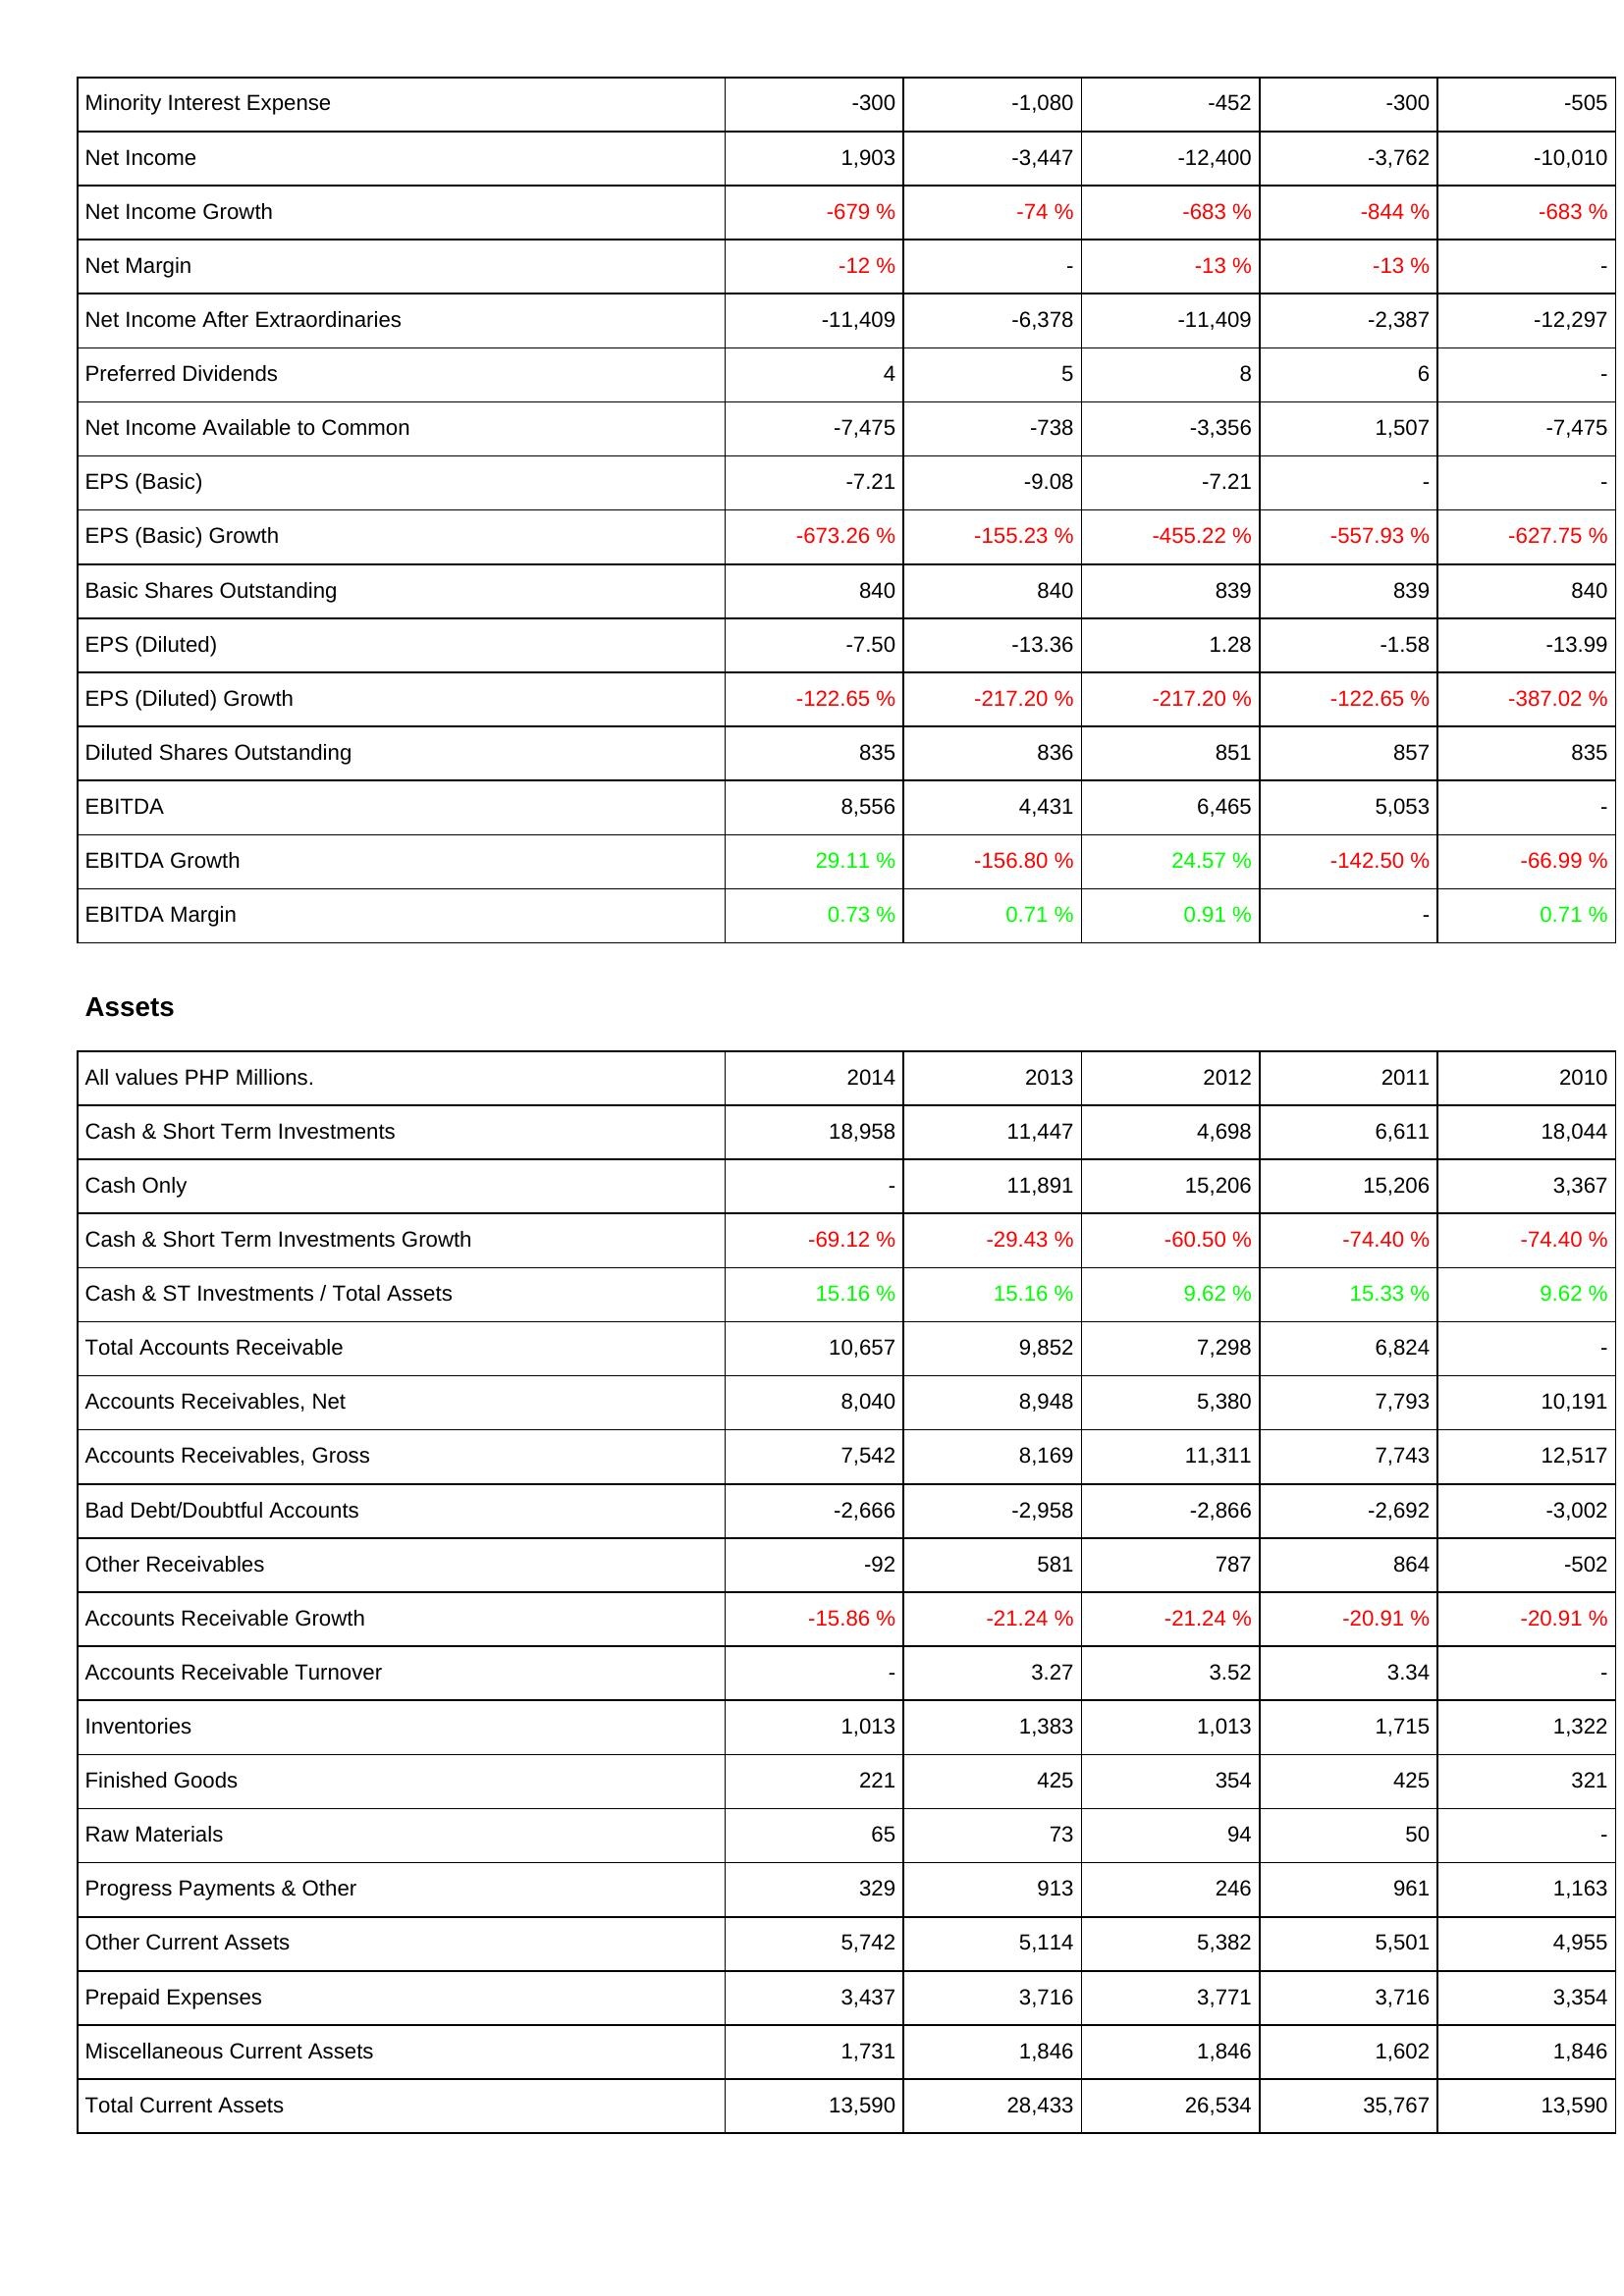
2014: Income Statement: Minority Interest Expense: -300
Net Income: 1,903
Net Income Growth: -679 %
Net Margin: -12 %
Net Income After Extraordinaries: -11,409
Preferred Dividends: 4
Net Income Available to Common: -7,475
EPS (Basic): -7.21
EPS (Basic) Growth: -673.26 %
Basic Shares Outstanding: 840
EPS (Diluted): -7.50
EPS (Diluted) Growth: -122.65 %
Diluted Shares Outstanding: 835
EBITDA: 8,556
EBITDA Growth: 29.11 %
EBITDA Margin: 0.73 %
Assets: Cash & Short Term Investments: 18,958
Cash Only: -
Cash & Short Term Investments Growth: -69.12 %
Cash & ST Investments / Total Assets: 15.16 %
Total Accounts Receivable: 10,657
Accounts Receivables, Net: 8,040
Accounts Receivables, Gross: 7,542
Bad Debt/Doubtful Accounts: -2,666
Other Receivables: -92
Accounts Receivable Growth: -15.86 %
Accounts Receivable Turnover: -
Inventories: 1,013
Finished Goods: 221
Raw Materials: 65
Progress Payments & Other: 329
Other Current Assets: 5,742
Prepaid Expenses: 3,437
Miscellaneous Current Assets: 1,731
Total Current Assets: 13,590
2013: Income Statement: Minority Interest Expense: -1,080
Net Income: -3,447
Net Income Growth: -74 %
Net Margin: -
Net Income After Extraordinaries: -6,378
Preferred Dividends: 5
Net Income Available to Common: -738
EPS (Basic): -9.08
EPS (Basic) Growth: -155.23 %
Basic Shares Outstanding: 840
EPS (Diluted): -13.36
EPS (Diluted) Growth: -217.20 %
Diluted Shares Outstanding: 836
EBITDA: 4,431
EBITDA Growth: -156.80 %
EBITDA Margin: 0.71 %
Assets: Cash & Short Term Investments: 11,447
Cash Only: 11,891
Cash & Short Term Investments Growth: -29.43 %
Cash & ST Investments / Total Assets: 15.16 %
Total Accounts Receivable: 9,852
Accounts Receivables, Net: 8,948
Accounts Receivables, Gross: 8,169
Bad Debt/Doubtful Accounts: -2,958
Other Receivables: 581
Accounts Receivable Growth: -21.24 %
Accounts Receivable Turnover: 3.27
Inventories: 1,383
Finished Goods: 425
Raw Materials: 73
Progress Payments & Other: 913
Other Current Assets: 5,114
Prepaid Expenses: 3,716
Miscellaneous Current Assets: 1,846
Total Current Assets: 28,433
2012: Income Statement: Minority Interest Expense: -452
Net Income: -12,400
Net Income Growth: -683 %
Net Margin: -13 %
Net Income After Extraordinaries: -11,409
Preferred Dividends: 8
Net Income Available to Common: -3,356
EPS (Basic): -7.21
EPS (Basic) Growth: -455.22 %
Basic Shares Outstanding: 839
EPS (Diluted): 1.28
EPS (Diluted) Growth: -217.20 %
Diluted Shares Outstanding: 851
EBITDA: 6,465
EBITDA Growth: 24.57 %
EBITDA Margin: 0.91 %
Assets: Cash & Short Term Investments: 4,698
Cash Only: 15,206
Cash & Short Term Investments Growth: -60.50 %
Cash & ST Investments / Total Assets: 9.62 %
Total Accounts Receivable: 7,298
Accounts Receivables, Net: 5,380
Accounts Receivables, Gross: 11,311
Bad Debt/Doubtful Accounts: -2,866
Other Receivables: 787
Accounts Receivable Growth: -21.24 %
Accounts Receivable Turnover: 3.52
Inventories: 1,013
Finished Goods: 354
Raw Materials: 94
Progress Payments & Other: 246
Other Current Assets: 5,382
Prepaid Expenses: 3,771
Miscellaneous Current Assets: 1,846
Total Current Assets: 26,534
2011: Income Statement: Minority Interest Expense: -300
Net Income: -3,762
Net Income Growth: -844 %
Net Margin: -13 %
Net Income After Extraordinaries: -2,387
Preferred Dividends: 6
Net Income Available to Common: 1,507
EPS (Basic): -
EPS (Basic) Growth: -557.93 %
Basic Shares Outstanding: 839
EPS (Diluted): -1.58
EPS (Diluted) Growth: -122.65 %
Diluted Shares Outstanding: 857
EBITDA: 5,053
EBITDA Growth: -142.50 %
EBITDA Margin: -
Assets: Cash & Short Term Investments: 6,611
Cash Only: 15,206
Cash & Short Term Investments Growth: -74.40 %
Cash & ST Investments / Total Assets: 15.33 %
Total Accounts Receivable: 6,824
Accounts Receivables, Net: 7,793
Accounts Receivables, Gross: 7,743
Bad Debt/Doubtful Accounts: -2,692
Other Receivables: 864
Accounts Receivable Growth: -20.91 %
Accounts Receivable Turnover: 3.34
Inventories: 1,715
Finished Goods: 425
Raw Materials: 50
Progress Payments & Other: 961
Other Current Assets: 5,501
Prepaid Expenses: 3,716
Miscellaneous Current Assets: 1,602
Total Current Assets: 35,767
2010: Income Statement: Minority Interest Expense: -505
Net Income: -10,010
Net Income Growth: -683 %
Net Margin: -
Net Income After Extraordinaries: -12,297
Preferred Dividends: -
Net Income Available to Common: -7,475
EPS (Basic): -
EPS (Basic) Growth: -627.75 %
Basic Shares Outstanding: 840
EPS (Diluted): -13.99
EPS (Diluted) Growth: -387.02 %
Diluted Shares Outstanding: 835
EBITDA: -
EBITDA Growth: -66.99 %
EBITDA Margin: 0.71 %
Assets: Cash & Short Term Investments: 18,044
Cash Only: 3,367
Cash & Short Term Investments Growth: -74.40 %
Cash & ST Investments / Total Assets: 9.62 %
Total Accounts Receivable: -
Accounts Receivables, Net: 10,191
Accounts Receivables, Gross: 12,517
Bad Debt/Doubtful Accounts: -3,002
Other Receivables: -502
Accounts Receivable Growth: -20.91 %
Accounts Receivable Turnover: -
Inventories: 1,322
Finished Goods: 321
Raw Materials: -
Progress Payments & Other: 1,163
Other Current Assets: 4,955
Prepaid Expenses: 3,354
Miscellaneous Current Assets: 1,846
Total Current Assets: 13,590